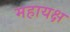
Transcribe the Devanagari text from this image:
महायक्ष